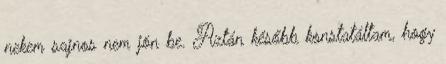
nekem sajnos nem jön be. Aztán később konstatáltam, hogy